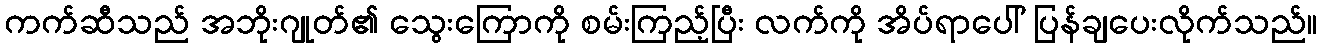
ကက်ဆီသည် အဘိုးဂျုတ်၏ သွေးကြောကို စမ်းကြည့်ပြီး လက်ကို အိပ်ရာပေါ် ပြန်ချပေးလိုက်သည်။